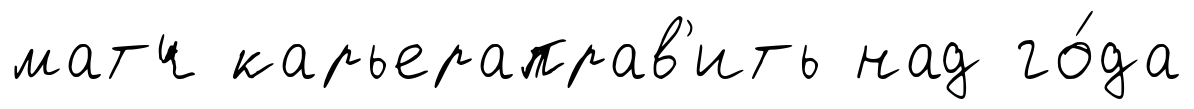
матч карьераправ'ить над го́да